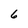
Character: 6